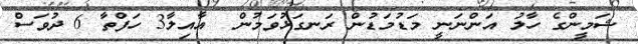
ޝަމީންގެ ހާލު އަންނަނީ މަޑުމަޑުން ރަނގަޅުވަމުން  އާއިލާ3 ހަފްތާ 6 ދުވަސް